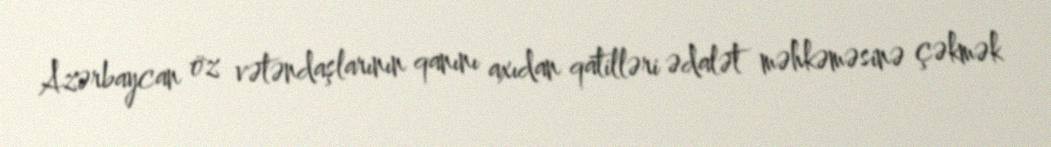
Azərbaycan öz vətəndaşlarının qanını axıdan qatilləri ədalət məhkəməsinə çəkmək